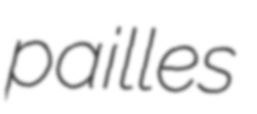
pailles